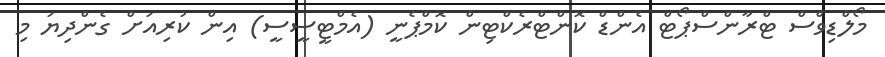
މޯލްޑިވްސް ޓްރާންސްޕޯޓް އެންޑް ކޮންޓްރެކްޓިން ކޮމްޕެނީ (އެމްޓީސީސީ) އިން ކުރިއަށް ގެންދިޔަ މި